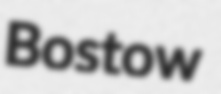
Bostow